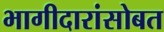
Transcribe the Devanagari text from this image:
भागीदारांसोबत